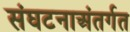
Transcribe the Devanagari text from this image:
संघटनाअंतर्गत